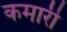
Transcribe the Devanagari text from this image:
कमारी